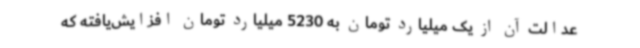
عدالت آن از یک میلیارد تومان به 5230 میلیارد تومان افزایش‌یافته که